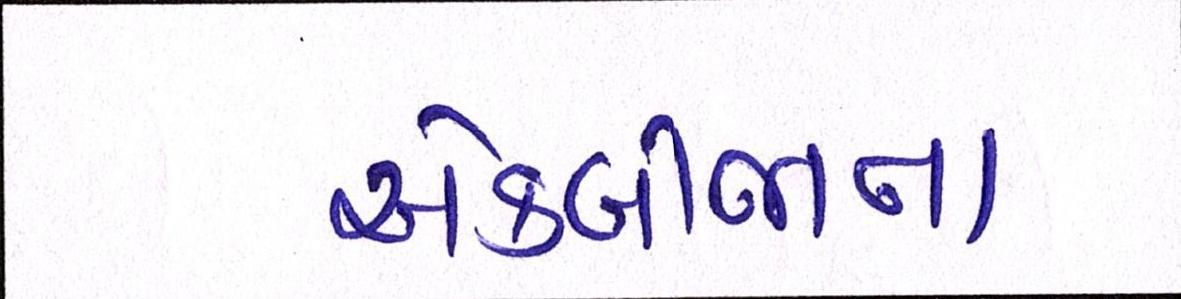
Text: એકબીજાના